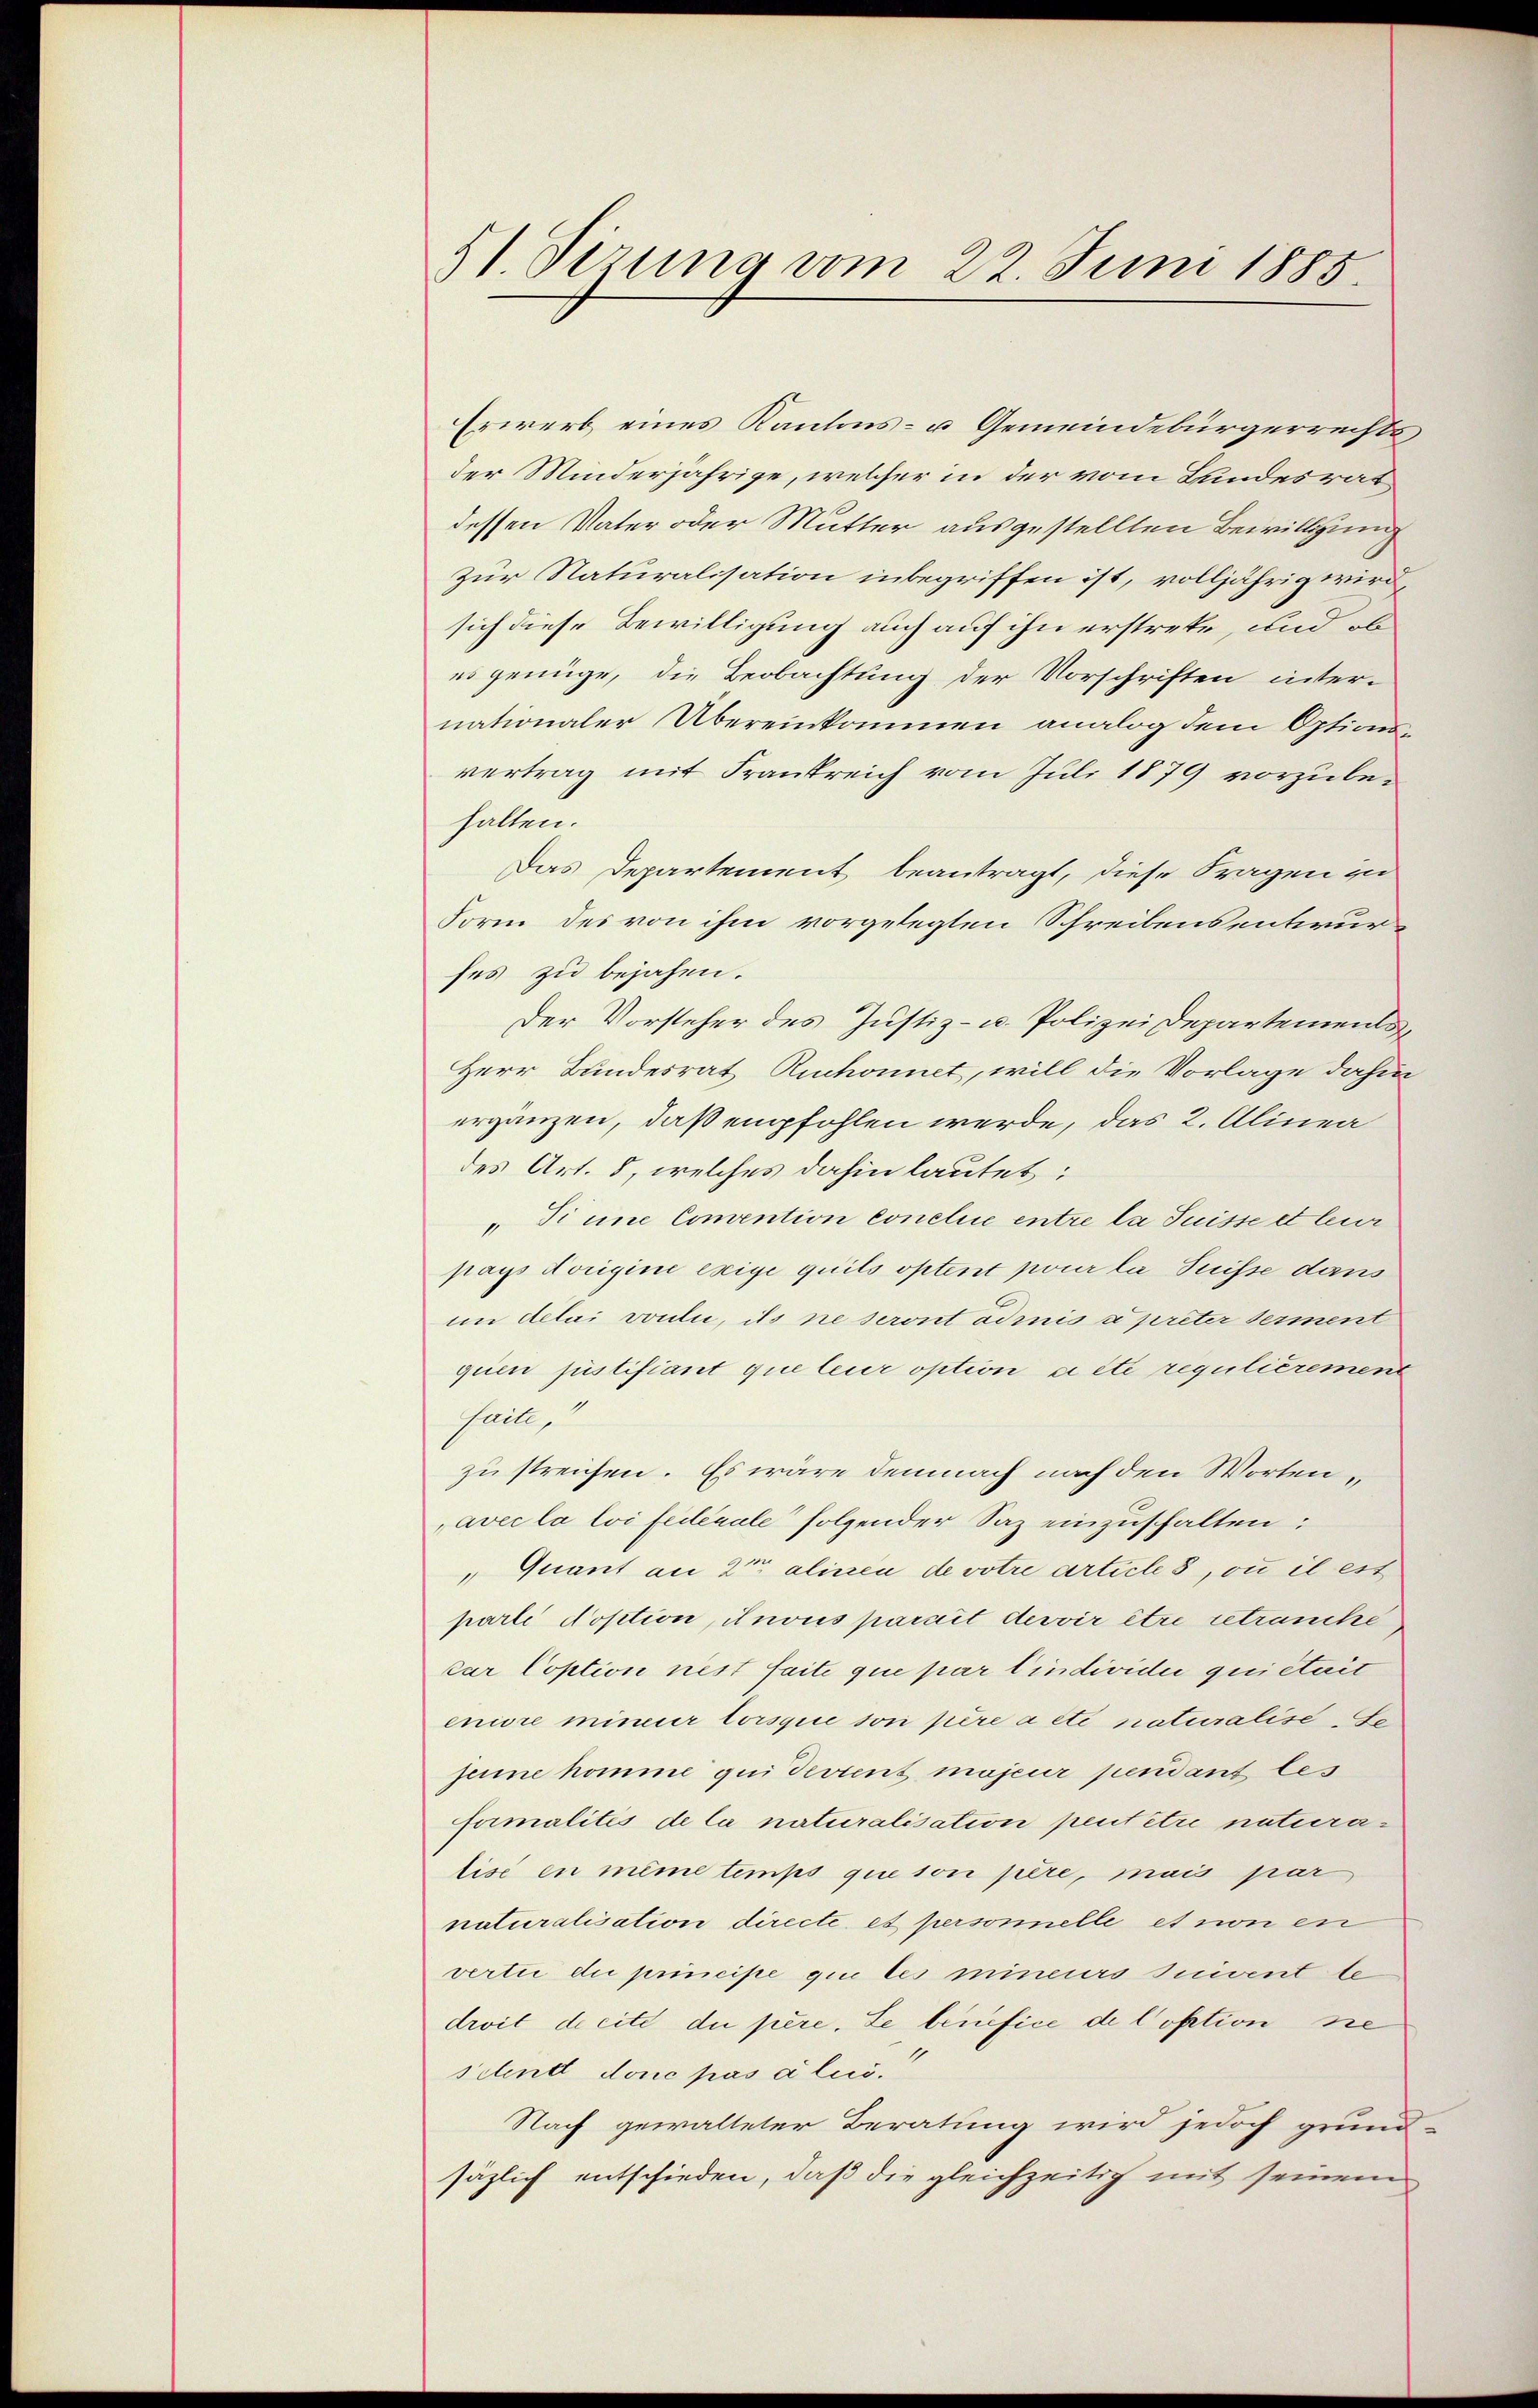
51. Sizung vom 22. Juni 1885

Erwerb eines Kantons- u Gemeindebürgerrechts,
der Minderjährige, welcher in der vom Bundesrat
dessen Vater oder Mutter ausgestellten Bewilligung
zur Naturalisation inbegriffen ist, volljährig wird,
sich diese Bewilligung auch auf ihn erstreke, und ob
es genüge, die Beobachtung der Vorschriften inter-
nationaler Übereinkommen analog dem Optionsvertrag mit Frankreich vom Juli 1879 vorzubehalten.
Das Departement beantragt, diese Fragen zu
Form des von ihm vorgelegten Schreibensentwurses zu bejahen.
Der Vorsteher des Justiz- u. Polizei Departements
Herr Bundesrat Ruchonnet, will die Vorlage dahin
ergänzen, daß empfohlen werde, das 2. Alinea
des Art. 5, welches dahin lautet:
" Sinne Comention conclie entre la Suisse et leur
pays Norigini exige quils optent pour la Suisse dans
im delai voulue, des ne seront admis à preter derment
quien justifiant que leur option ci ete regulièremen
faite,
zu streichen. Es wäre demnach nach den Wortenavec la loi fédérale folgender Saz einzuschalten:
 Quant an 2 alinen devotre article 8, ou il est
parti Toption, itnous parait dervir être retrancke
car Coption nest faite que par l’individer quieterit
eniore mineur lorsque son père a été naturalise de
seine komme qui devient majeur pendant les
formalitis de la naturalisation peut être naturatise en même temps que son père, mais par
naturalisation directe et personnelle et von en
vertie du principe qui les mineurs suivent te
droit dicité du père. Le benefice de Coption sie
setent donc pas alii.
Nach gewalteter Beratung wird jedoch grund-
säzlich entschieden, daß die gleichzeitig mit seinem